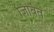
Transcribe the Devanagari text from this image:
जिबित